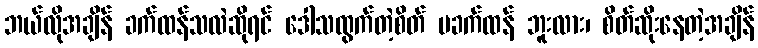
ဘယ်လိုအချိန် ခက်ထန်သလဲဆိုရင် ဒေါသထွက်တဲ့စိတ် မခက်ထန် ဘူးလား၊ စိတ်ဆိုးနေတဲ့အချိန်